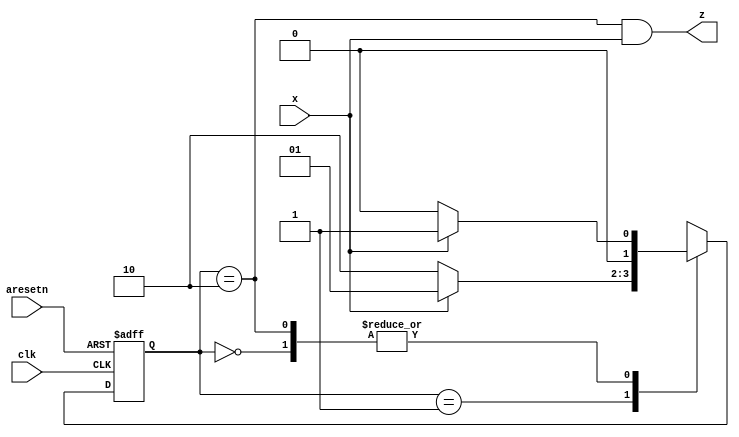
module top_module (
    input clk,
    input aresetn,    // Asynchronous active-low reset
    input x,
    output z ); 
    localparam [1:0] idle = 0, one = 1, zero = 2;
    reg [1:0] state, next_state;
    always @(posedge clk, negedge aresetn) begin
        if (!aresetn) state <= idle;
        else state <= next_state;
    end

    always @(*) begin
        case(state)
            idle : next_state = x ? one : idle;
            one : next_state = x ? one : zero;
            zero : next_state = x ? one : idle;
            default : next_state = 2'bx; 
        endcase
    end

    assign z = (state==zero) & x;
endmodule